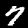
Label: 7